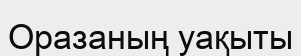
Оразаның уақыты